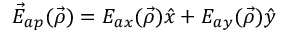
\vec { E } _ { a p } ( \vec { \rho } ) = E _ { a x } ( \vec { \rho } ) \hat { x } + E _ { a y } ( \vec { \rho } ) \hat { y }